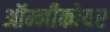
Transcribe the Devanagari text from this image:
ऑम्नीकोयर